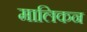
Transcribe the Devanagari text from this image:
मालिकन